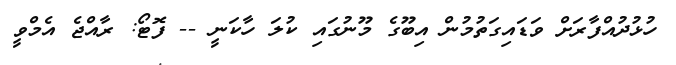
ހުޅުދުއްފާރަަށް ވަޑައިގަތުމުން އިބޫގެ މޫނުގައި ކުލަ ހާކަނީ -- ފޮޓޯ: ރާއްޖެ އެމްވީ